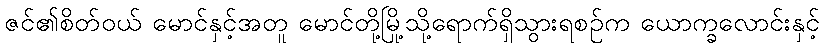
ဇင်၏စိတ်ဝယ် မောင်နှင့်အတူ မောင်တို့မြို့သို့ရောက်ရှိသွားရစဉ်က ယောက္ခလောင်းနှင့်